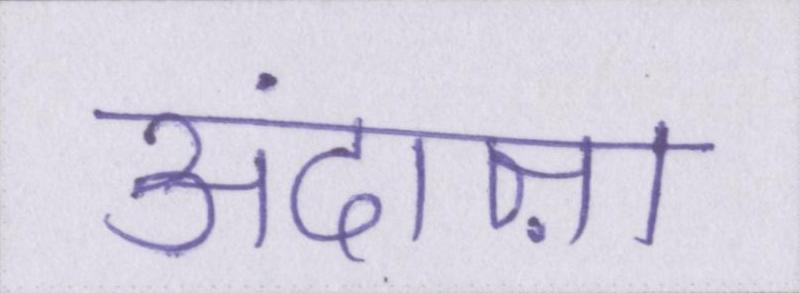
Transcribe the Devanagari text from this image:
अंदाज़ा